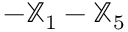
- { \mathbb X } _ { 1 } - { \mathbb X } _ { 5 }